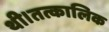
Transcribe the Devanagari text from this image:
थी।तत्कालिक